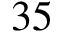
3 5